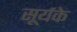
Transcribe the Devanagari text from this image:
सूर्यके